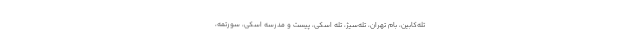
تله‌کابین، بام تهران، تله‌سیژ، تله‌ اسکی، پیست و مدرسه اسکی، سورتمه،